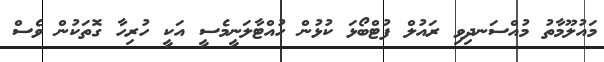
މައުލޫމާތު މުއްސަނދިވި ރައުލް ފުޓްބޯޅަ ކުޅުން ހުއްޓާލަނީމެސީ އަކީ ހުރިހާ ގޮތަކުން ވެސް